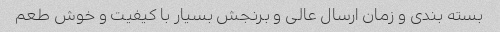
بسته بندی و زمان ارسال عالی و برنجش بسیار با کیفیت و خوش طعم